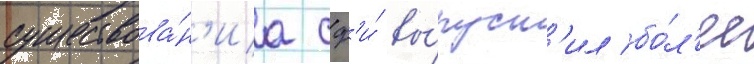
существова́н'иа сф'и́ вы́пуст'ил бо́л'ее